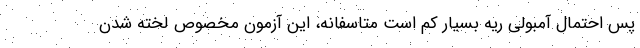
پس احتمال آمبولی ریه بسیار کم است متاسفانه، این آزمون مخصوص لخته شدن